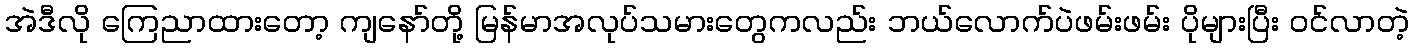
အဲဒီလို ကြေညာထားတော့ ကျနော်တို့ မြန်မာအလုပ်သမားတွေကလည်း ဘယ်လောက်ပဲဖမ်းဖမ်း ပိုများပြီး ဝင်လာတဲ့